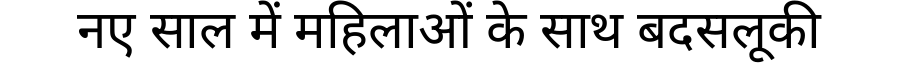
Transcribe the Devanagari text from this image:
नए साल में महिलाओं के साथ बदसलूकी